Indian journal of veterinary science and animal husbandry - Volume 12,
Year: 1942
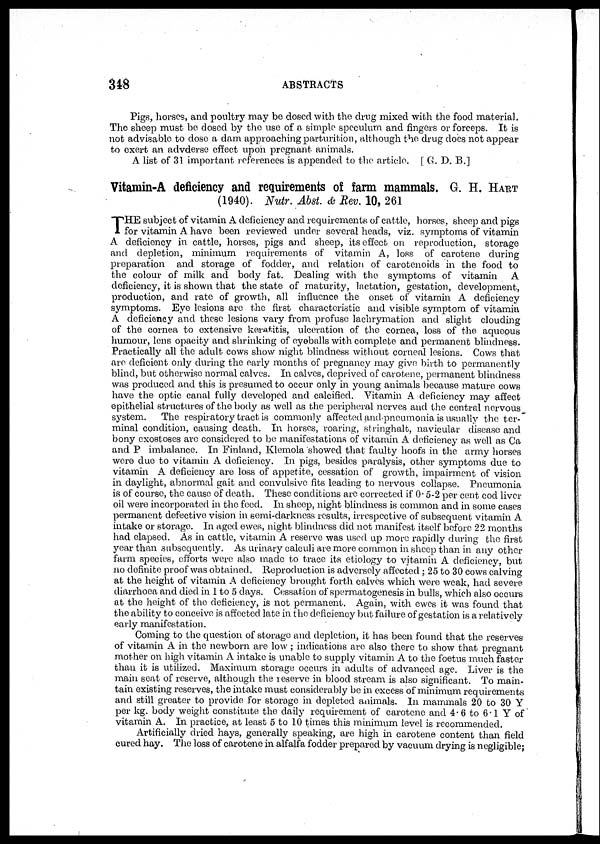
348
ABSTRACTS
Pigs, horses, and poultry may be dosed with the drug mixed with the food material.
The sheep must be dosed by the use of a simple speculum and fingers or forceps. It is
not advisable to dose a dam approaching parturition, although the drug does not appear
to exert an advderse effect upon pregnant animals.
A list of 31 important, references is appended to the article. [ G. D. B.]
Vitamin-A deficiency and requirements of farm mammals. G. H. HART
(1940). Nutr. Abst. & Rev. 10, 261
T HE subject of vitamin A deficiency and requirements of cattle, horses, sheep and pigs
for vitamin A have been reviewed under several heads, viz. symptoms of vitamin
A deficiency in cattle, horses, pigs and sheep, its effect on reproduction, storage
and depletion, minimum requirements of vitamin A, loss of carotene during
preparation and storage of fodder, and relation of carotenoids in the food to
the colour of milk and body fat. Dealing with the symptoms of vitamin
A
deficiency, it is shown that the state of maturity, lactation, gestation, development,
production, and rate of growth, all influence the onset of vitamin A deficiency
symptoms. Eye lesions are the first characteristic and visible symptom of vitamin
A deficiency and these lesions vary from profuse lachrymation and slight clouding
of the cornea to extensive keratitis, ulceration of the cornea, loss of the aqueous
humour, lens opacity and shrinking of eyeballs with complete and permanent blindness.
Practically all the adult cows show night blindness without corneal lesions. Cows that
are deficient only during the early months of pregnancy may give birth to permanently
blind, but otherwise normal calves. In calves, deprived of carotene, permanent blindness
was produced and this is presumed, to occur only in young animals because mature cows
have the optic canal fully developed and calcified. Vitamin A deficiency may affect
epithelial structures of the body as well as the peripheral nerves and the central nervous
system.
The respiratory tract is commonly affected and pneumonia is usually the ter-
minal condition, causing death. In horses, roaring, stringhalt, navicular disease and
bony exostoses are considered to be manifestations of vitamin A deficiency as well as Ca
and P imbalance. In Finland, Klemola showed that faulty hoofs in the army horses
were due to vitamin A deficiency. In pigs, besides paralysis, other symptoms due to
vitamin A deficiency are loss of appetite, cessation of growth, impairment of vision
in daylight, abnormal gait and convulsive fits leading to nervous collapse. Pneumonia
is of course, the cause of death. These conditions are corrected if 0.5-2 per cent cod liver
oil were incorporated in the feed. In sheep, night blindness is common and in some cases
permanent defective vision in semi-darkness results, irrespective of subsequent vitamin A
intake or storage. In aged ewes, night blindness did not manifest itself before 22 months
had elapsed. As in cattle, vitamin A reserve was used up more rapidly during the first
year than subsequently. As urinary calculi are more common in sheep than in any other
farm species, efforts were also made to trace its etiology to vitamin A deficiency, but
no definite proof was obtained. Reproduction is adversely affected ; 25 to 30 cows calving
at the height of vitamin A deficiency brought forth calves which were weak, had severe
diarrhoea and died in 1 to 5 days. Cessation of spermatogenesis in bulls, which also occurs
at the height of the deficiency, is not permanent. Again, with ewes it was found that
the ability to conceive is affected late in the deficiency but failure of gestation is a relatively
early manifestation.
Coming to the question of storage and depletion, it has been found that the reserves
of vitamin A in the newborn are low ; indications are also there to show that pregnant
mother on high vitamin A intake is unable to supply vitamin A to the foetus much faster
than it is utilized. Maximum storage occurs in adults of advanced age. Liver is the
main seat of reserve, although the reserve in blood stream is also significant. To main-
tain existing reserves, the intake must considerably be in excess of minimum requirements
and still greater to provide for storage in depleted animals. In mammals 20 to 30 Y
per kg. body weight constitute the daily requirement of carotene and 4.6 to 6.1 Y of
vitamin A. In practice, at least 5 to 10 times this minimum level is recommended.
Artificially dried hays, generally speaking, are high in carotene content than field
cured hay. The loss of carotene in alfalfa fodder prepared by vacuum drying is negligible;